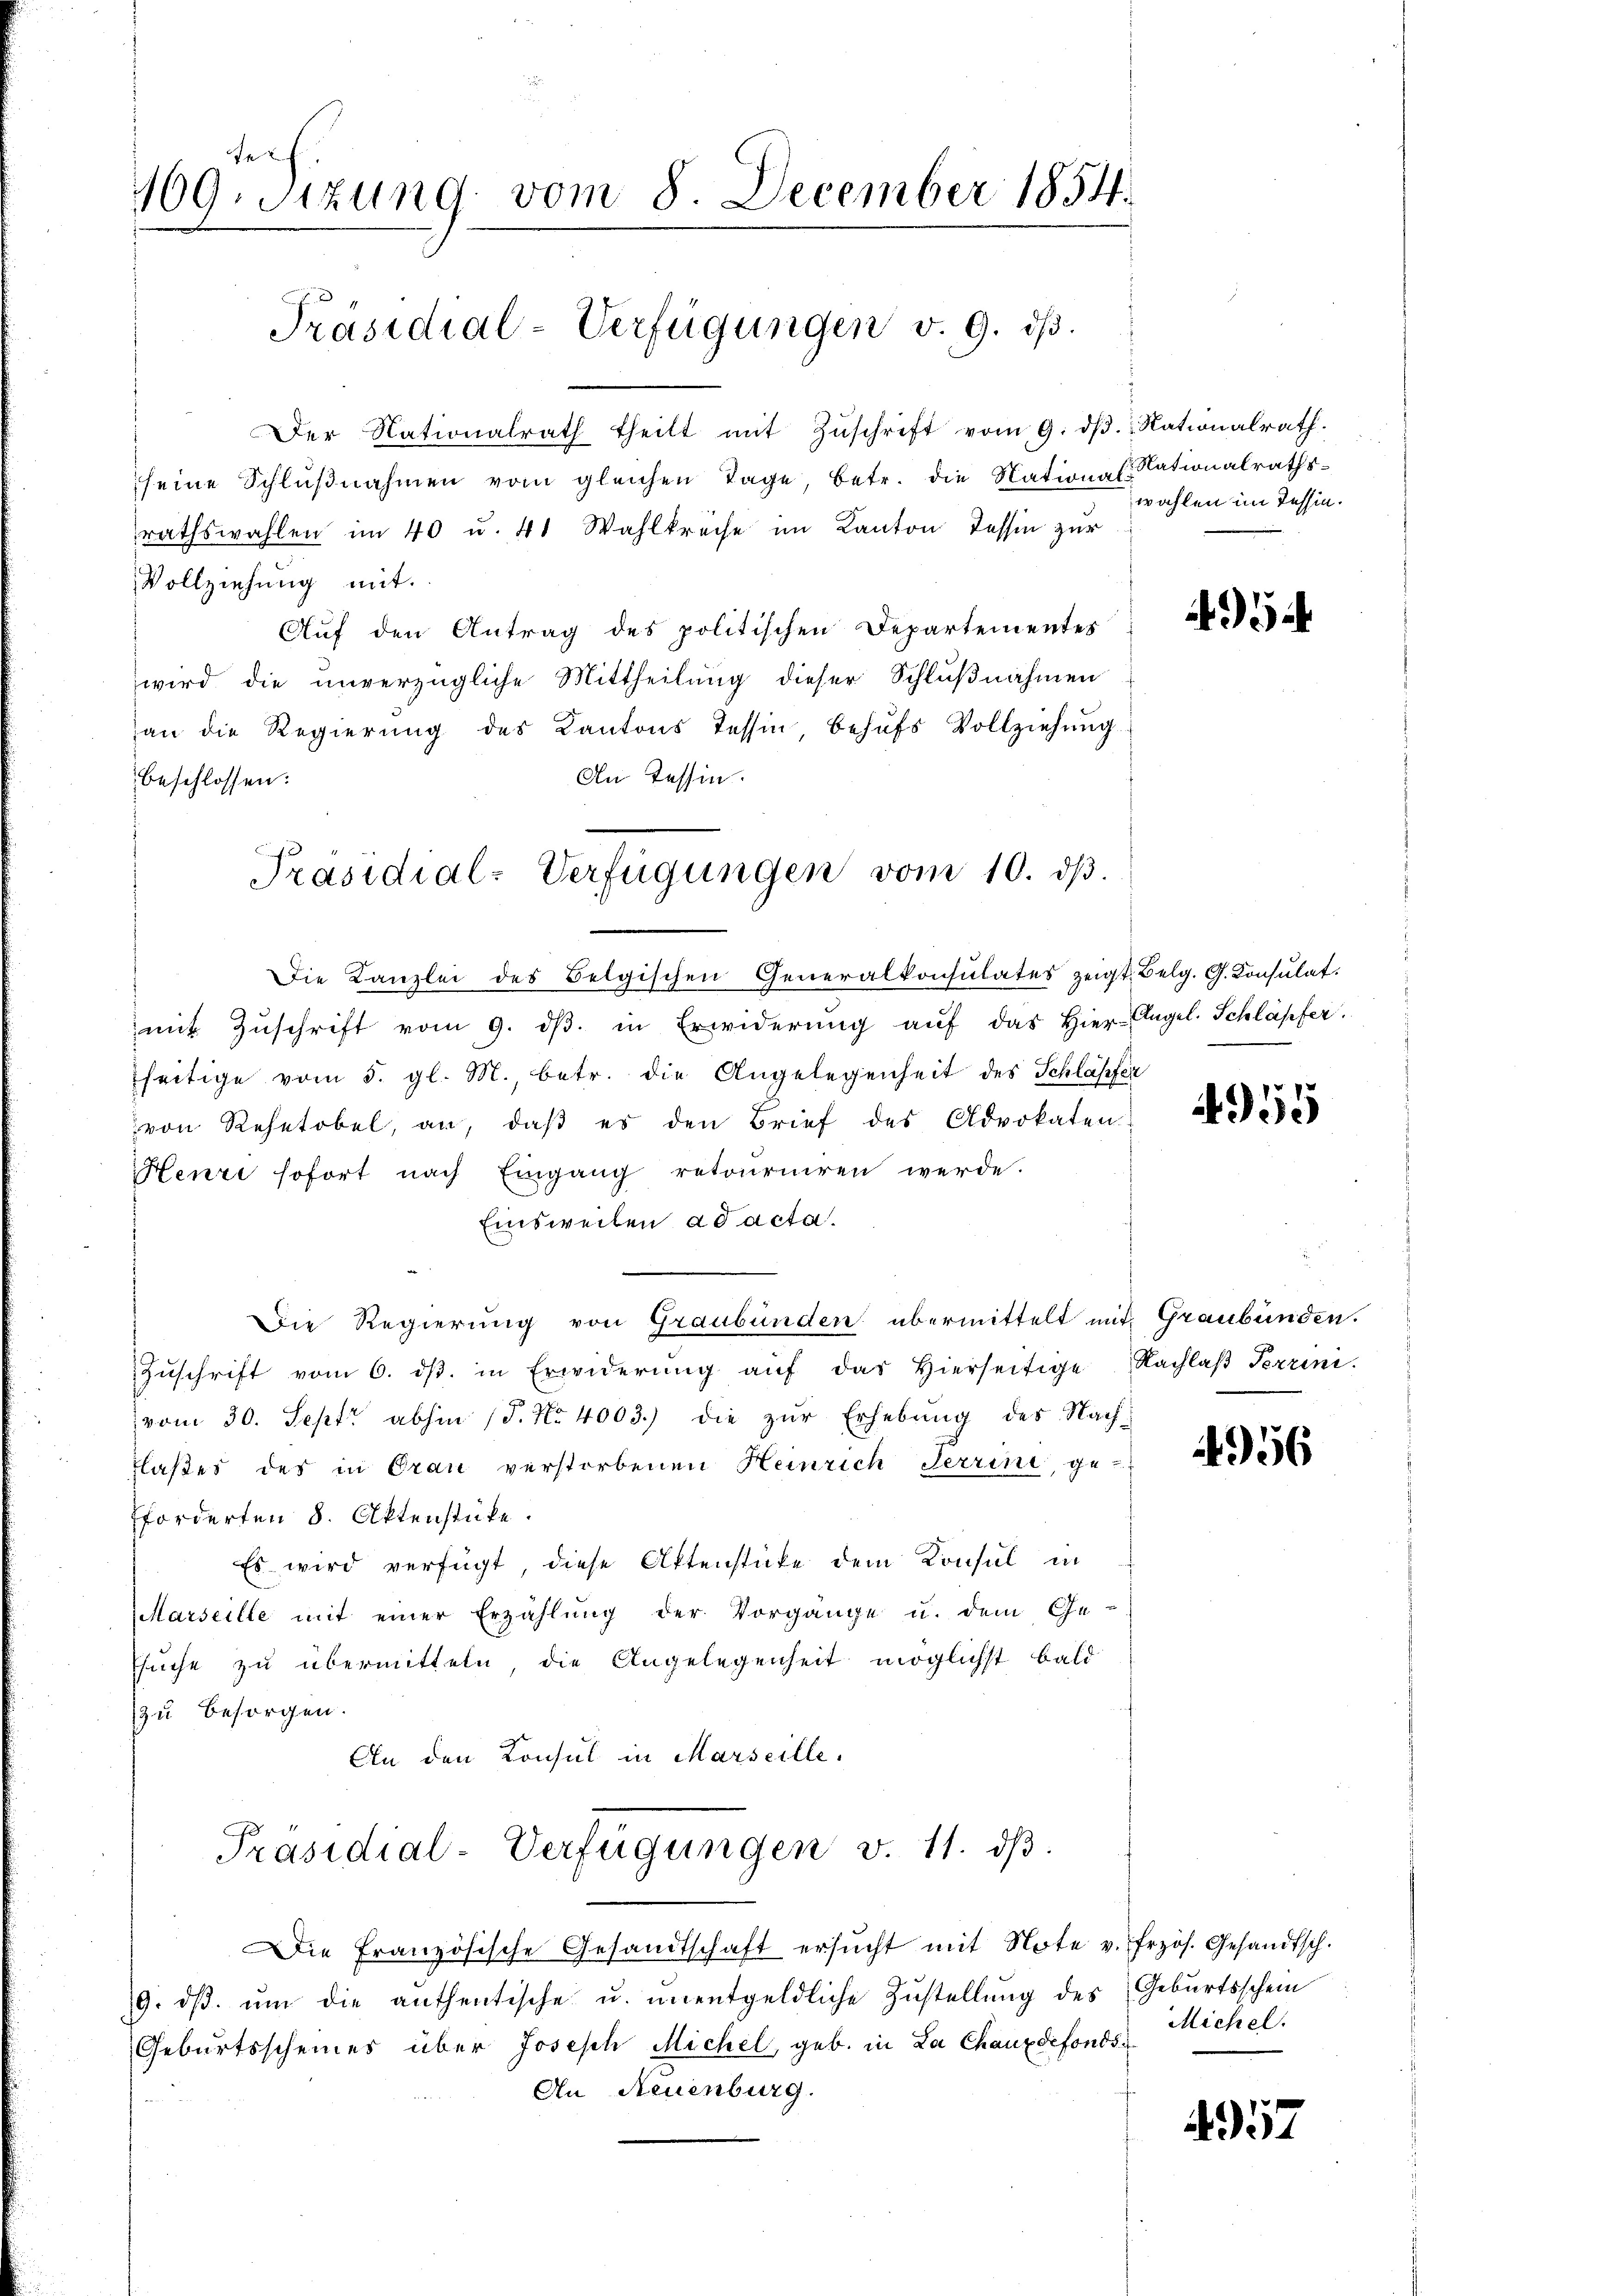
te
169. Sizung vom 8. December 1854.

Präsidial-Verfügungen v. 9. ds.

Der Nationalrath theilt mit Zŭschrift vom 9. dβ. Rationalrath.
seine Schlŭβnahmen vom gleichen Tage, betr. die National Nationalraths-
rathswahlen im 40 u. 41 Wahlkreise im Kanton Tessin zur
Vollziehung mit.
Auf den Antrag des politischen Departementes
wird die unverzügliche Mittheilung dieser Schlußnahmen
an die Regierŭng des Kantons Tessin behŭfs Vollziehŭng
An Tessin.
beschlossen:
Die Kanzlei des Belgischen Generalkonsulates zeigt. Belg. G. Konsŭlat.
mit Zŭschrift vom 9. dβ. in Erwiderŭng aŭf das hier Angel. Schläpfer
seitige vom 5. gl. M., betr. die Angelegenheit des Schläpfer
von Rehetobel, an, daβ es den Brief des Advokaten
Henri sofort nach Eingang retourniren werde.
Einsweilen ad acta.
Die Regierung von Graubünden übermittelt mit Graubünden.
Zŭschrift vom 6. dβ. in Erwiderŭng aŭf das hierseitige Nachlaβ Terrini-
vom 30. Sept abhin (T. No 4003.) die zŭr Erhebung des Nach¬
Flaßes des in Oran verstorbenen Heinrich Terrini, ge-
fforderten 8. Aktenstücke.
Es wird verfügt, diese Aktenstücke dem Konsul in
Marseille mit einer Erzählung der Vorgänge u. dem Ge-
Esuche zu übermitteln, die Angelegenheit möglichst bald
zu besorgen.
An den Konsul in Marseille.
Präsidial-Verfügungen v. 11. dβ.
Die Französische Gesandtschaft ersŭcht mit Note v. frzös. Gesandtsch.
9. dβ. ŭm die anthentische u. ŭnentgeldliche Zŭstellŭng des Geburtsschein
Geburtsscheines über Joseph Michel, geb. in La Chauxdefonds
An Neuenburg.

Präsidial-Verfügungen vom 10. dβ.

wahlen im Tessin.

4

4955

4956

Michel.

4957